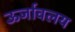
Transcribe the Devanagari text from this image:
ऊर्जावलय